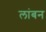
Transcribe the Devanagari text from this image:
लांबन